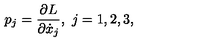
p _ { j } = { \frac { \partial L } { \partial \dot { x } _ { j } } } , \ j = 1 , 2 , 3 ,